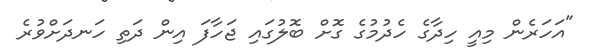
"އަހަރެން މިއީ ހިދާގެ ހެދުމުގެ ގޮށް ބޮލުގައި ޖަހާފަ އިން ދަތި ހަނދަށްވުރެ